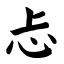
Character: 忐